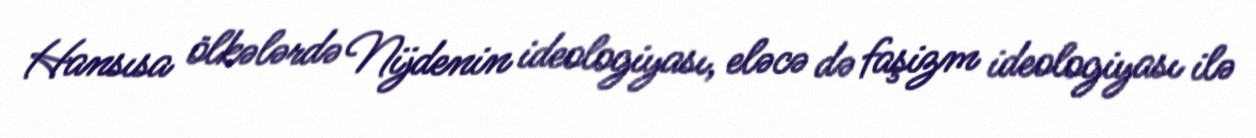
Hansısa ölkələrdə Nijdenin ideologiyası, eləcə də faşizm ideologiyası ilə